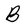
Character: B